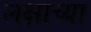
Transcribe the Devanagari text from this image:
लक्षाच्या